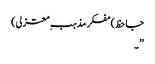
جاحظ)مفکر مذہب ِمعتزلی)
”۔